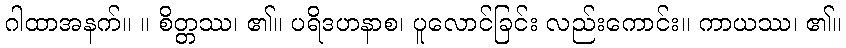
ဂါထာအနက်။ ။ စိတ္တဿ၊ ၏။ ပရိဒဟနာစ၊ ပူလောင်ခြင်း လည်းကောင်း။ ကာယဿ၊ ၏။